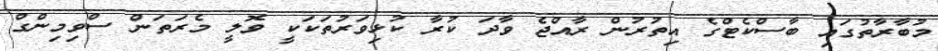
މުބާރާތުގައި ބާސްކެޓްގެ އިތުރުން ރާއްޖެ ވާދަ ކުރާ ކުޅިވަރުތަކަކީ ވޮލީ މެރަތަން ސްވިމިންގް